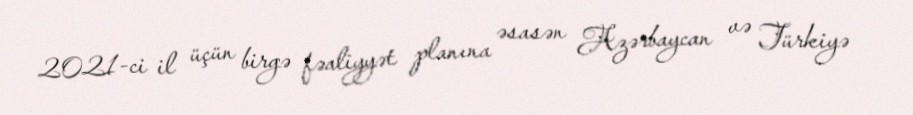
2021-ci il üçün birgə fəaliyyət planına əsasən Azərbaycan və Türkiyə